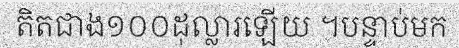
តិតជាង១០០ដុល្លារឡើយ ។បន្ទាប់មក